Report of the Municipal Commissioner on the plague in Bombay for the year ending 31st May... - Volume 2
Disease focus: Plague
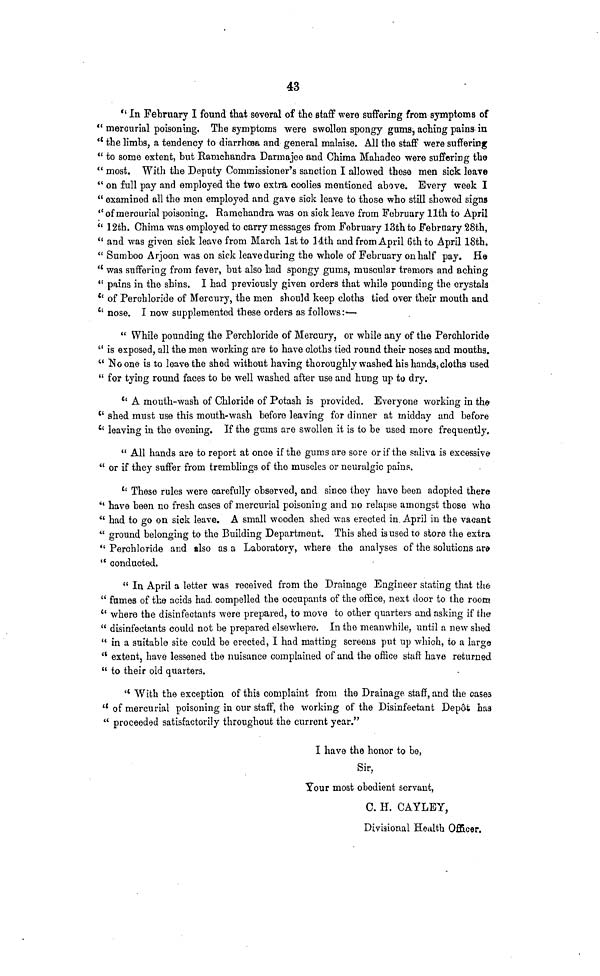
43
" In February I found that several of the staff were suffering from symptoms of
" mercurial poisoning. The symptoms were swollen spongy gums, aching pains in
" the limbs, a tendency to diarrhœa and general malaise. All the staff were suffering
" to some extent, but Ramchandra Darmajee and Chima Mahadeo were suffering the
" most. With the Deputy Commissioner's sanction I allowed these men sick leave
" on full pay and employed the two extra coolies mentioned above. Every week I
" examined all the men employed and gave sick leave to those who still showed signs
" of mercurial poisoning. Ramchandra was on sick leave from February 11th to April
" 12th. Chima was employed to carry messages from February 13th to February 28th,
" and was given sick leave from March 1st to 14th and from April 6th to April 18th.
" Sumboo Arjoon was on sick leave during the whole of February on half pay. He
" was suffering from fever, but also had spongy gums, muscular tremors and aching
" pains in the shins. I had previously given orders that while pounding the crystals
" of Perchloride of Mercury, the men should keep cloths tied over their mouth and
" nose. I now supplemented these orders as follows:-—
" While pounding the Perchloride of Mercury, or while any of the Perchloride
" is exposed, all the men working are to have cloths tied round their noses and mouths.
" No one is to leave the shed without having thoroughly washed his hands, cloths used
" for tying round faces to be well washed after use and hung up to dry.
" A mouth-wash of Chloride of Potash is provided. Everyone working in the
" shed must use this mouth-wash before leaving for dinner at midday and before
" leaving in the evening. If the gums are swollen it is to be used more frequently.
" All hands are to report at once if the gums are sore or if the saliva is excessive
" or if they suffer from tremblings of the muscles or neuralgic pains.
" These rules were carefully observed, and since they have been adopted there
" have been no fresh cases of mercurial poisoning and no relapse amongst those who
" had to go on sick leave. A small wooden shed was erected in April in tbe vacant
" ground belonging to the Building Department. This shed is used to store the extra
" Perchloride and also as a Laboratory, where the analyses of the solutions are
" conducted.
" In April a letter was received from the Drainage Engineer stating that the
" fumes of the acids had. compelled the occupants of the office, next door to the room
" where the disinfectants were prepared, to move to other quarters and asking if the
" disinfectants could not be prepared elsewhere. In the meanwhile, until a new shed
" in a suitable site could be erected, I had matting screens put up which, to a large
" extent, have lessened tbe nuisance complained of and the office staff have returned
" to their old quarters.
" With the exception of this complaint from the Drainage staff, and the cases
"of mercurial poisoning in our staff, the working of the Disinfectant Depôt has
" proceeded satisfactorily throughout the current year."
I have the honor to be,
Sir,
Your most obedient servant,
C. H. CAYLEY,
Divisional Health Officer.